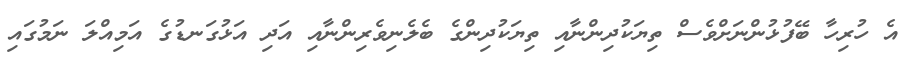
އެ ހުރިހާ ބޭފުޅުންނަށްވެސް ތިޔަކުދިންނާއި ތިޔަކުދިންގެ ބެލެނިވެރިންނާއި އަދި އަޅުގަނޑުގެ އަމިއްލަ ނަމުގައި